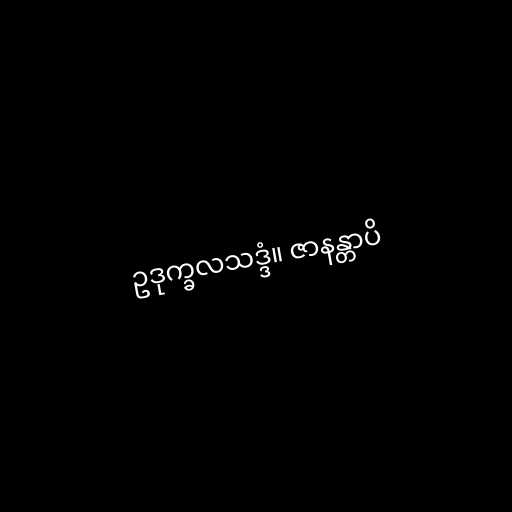
ဥဒုက္ခလသဒ္ဒံ။ ဇာနန္တာပိ